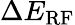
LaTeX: \Delta E_{\mathrm{RF}}